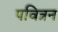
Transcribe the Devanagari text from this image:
पवित्रन